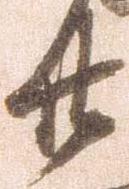
廿